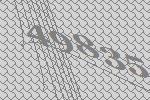
49835